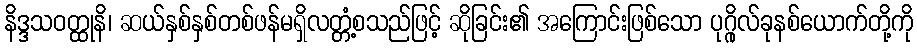
နိဒ္ဒသဝတ္ထုနိ၊ ဆယ်နှစ်နှစ်တစ်ဖန်မရှိလတ္တံ့စသည်ဖြင့် ဆိုခြင်း၏ အကြောင်းဖြစ်သော ပုဂ္ဂိုလ်ခုနစ်ယောက်တို့ကို